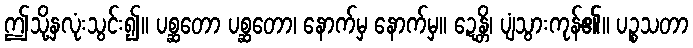
ဤသို့နှလုံးသွင်း၍။ ပစ္ဆတော ပစ္ဆတော၊ နောက်မှ နောက်မှ။ ဍေန္တိ၊ ပျံသွားကုန်၏။ ပဉ္စသတာ